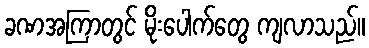
ခဏအကြာတွင် မိုးပေါက်တွေ ကျလာသည်။